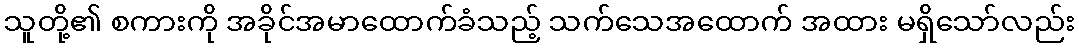
သူတို့၏ စကားကို အခိုင်အမာထောက်ခံသည့် သက်သေအထောက် အထား မရှိသော်လည်း